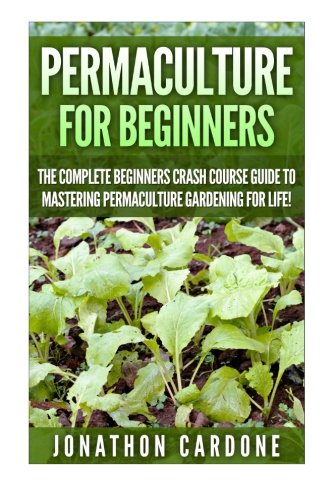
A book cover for Permaculture for Beginners: The Complete Beginners Crash Course Guide to Learning Permaculture Gardening for Life! (Hydroponics, Aquaponics, Gardening ... for Beginners, Indoor Gardening,); Jonathon Cardone; Crafts, Hobbies & Home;